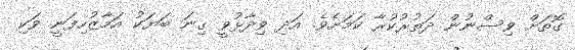
ގޮތަށް ވިސްނުން ދަތުރުކުރާ ކަމަށެވެ. އަދި ވިދާޅުވީ ގިނަ ބަޔަކު އަމާޒުހިފަނީ ވަކި